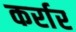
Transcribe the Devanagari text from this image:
कर्रार